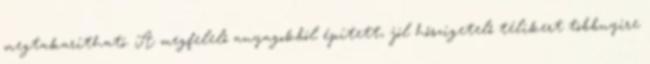
megtakarítható. A megfelelő anyagokból épített, jól hőszigetelő télikert többnyire